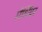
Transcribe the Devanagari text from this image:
मेर्थियर